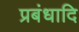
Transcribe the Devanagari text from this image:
प्रबंधादि